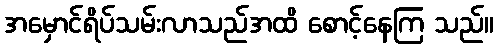
အမှောင်ရိပ်သမ်းလာသည်အထိ စောင့်နေကြ သည်။